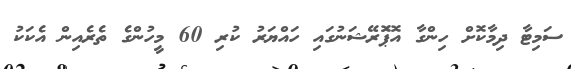
ސަމިޓާ ދިމާކޮށް ހިންގާ އޮޕޮަރޭޝަނުގައި ހައްޔަރު ކުރި 60 މީހުންގެ ތެރެއިން އެކަކު